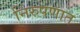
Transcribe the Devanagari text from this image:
निरुपणात